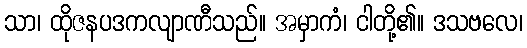
သာ၊ ထိုဇနပဒကလျာဏီသည်။ အမှာကံ၊ ငါတို့၏။ ဒသဗလေ၊